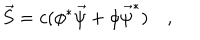
\vec { S } = c ( \phi ^ { * } \vec { \psi } + \phi \vec { \psi } ^ { * } ) \quad ,